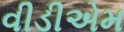
વીડીએમ